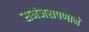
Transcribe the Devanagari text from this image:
समंजसपणाने